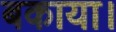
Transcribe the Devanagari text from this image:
बकाया।